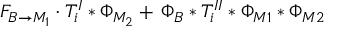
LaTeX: F _ { B \to M _ { 1 } } \cdot T _ { i } ^ { I } \ast \Phi _ { M _ { 2 } } + \, \Phi _ { B } \ast T _ { i } ^ { I I } \ast \Phi _ { M 1 } \ast \Phi _ { M 2 }